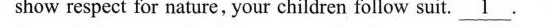
show respect for nature, your children follow suit.\underline{1}